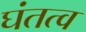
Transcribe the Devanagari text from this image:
घंतत्व